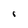
Character: 8